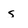
Character: s